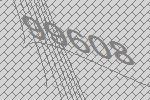
99608